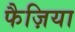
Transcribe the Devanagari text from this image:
फैज़िया